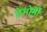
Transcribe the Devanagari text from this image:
प्रेमोर्मी